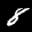
Label: 8